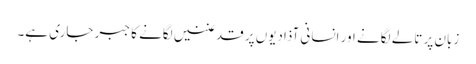
زبان پر تالے لگانے اور انسانی آذادیوں پر قدغنیں لگانے کا جبر جاری ہے۔